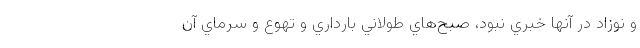
و نوزاد در آنها خبري نبود، صبح‌هاي طولاني بارداري و تهوع و سرماي آن